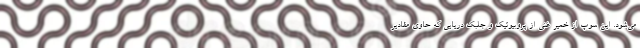
می‌شود. این سوپ از خمیر غنی از پروبیوتیک و جلبک دریایی که حاوی مقادیر